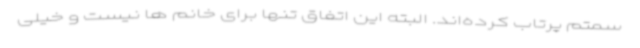
سمتم پرتاب کرده‌اند. البته این اتفاق تنها برای خانم ها نیست و خیلی